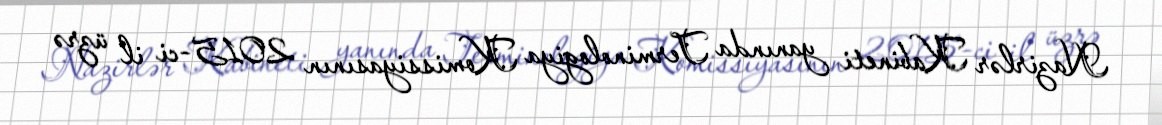
Nazirlər Kabineti yanında Terminologiya Komissiyasının 2015-ci il üzrə